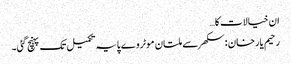
ان خیالات کا…
رحیم یارخان :سکھر سے ملتان موٹروے پایہ تکمیل تک پہنچ گئی۔